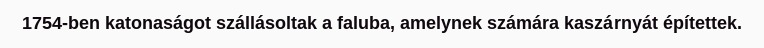
1754-ben katonaságot szállásoltak a faluba, amelynek számára kaszárnyát építettek.